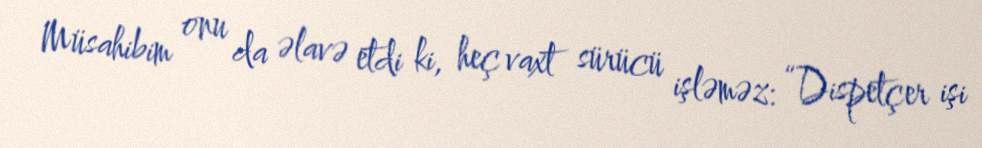
Müsahibim onu da əlavə etdi ki, heç vaxt sürücü işləməz: “Dispetçer işi